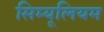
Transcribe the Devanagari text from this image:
सिम्यूलियम